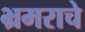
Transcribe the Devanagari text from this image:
भ्रमराचे